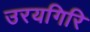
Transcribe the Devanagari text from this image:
उरयगिरि